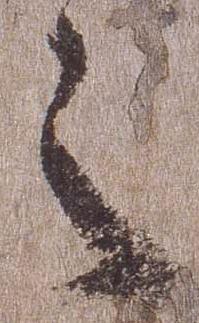
之